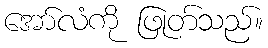
အော်လံကို ဖြုတ်သည်။